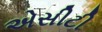
એસીટી